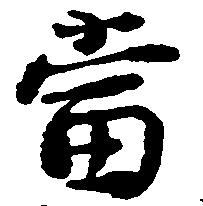
当